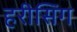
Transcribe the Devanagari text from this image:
हरीसिंग